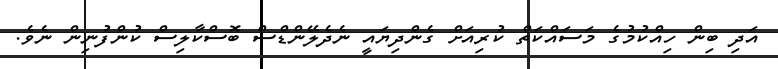
އަދި ބިން ހިއްކުމުގެ މަސައްކަތް ކުރިއަށް ގެންދިޔައީ ނެދެލޭންޑްސް ބޮސްކާލިސް ކުންފުނިން ނެވެ.